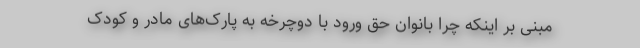
مبنی بر اینکه چرا بانوان حق ورود با دوچرخه به پارک‌های مادر و کودک